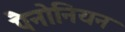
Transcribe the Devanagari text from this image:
पैनोनियन